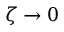
\zeta \to 0